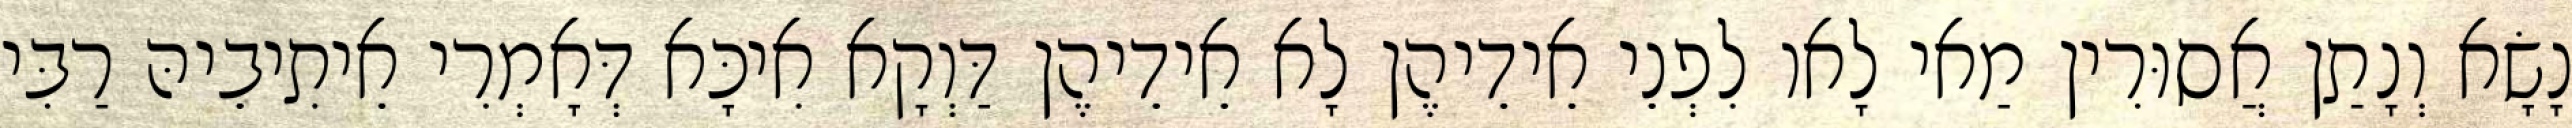
נָשָׂא וְנָתַן אֲסוּרִין מַאי לָאו לִפְנֵי אֵידֵיהֶן לָא אֵידֵיהֶן דַּוְקָא אִיכָּא דְּאָמְרִי אֵיתִיבֵיהּ רַבִּי